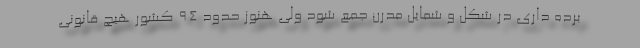
برده داری در شکل و شمایل مدرن جمع شود ولی هنوز حدود 94 کشور هیچ قانونی